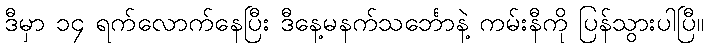
ဒီမှာ ၁၄ ရက်လောက်နေပြီး ဒီနေ့မနက်သင်္ဘောနဲ့ ကမ်းနီကို ပြန်သွားပါပြီ။